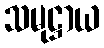
သမုဋ္ဌာယ